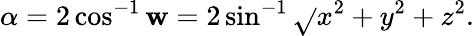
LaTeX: \alpha=2\cos^{-1}\mathbf{w}=2\sin^{-1}{\sqrt{}{{x^{2}+y^{2}+z^{2}}}}.